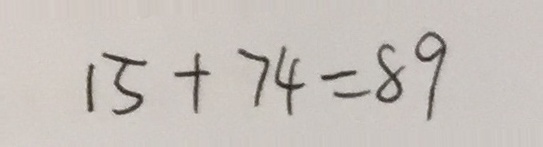
1 5 + 7 4 = 8 9